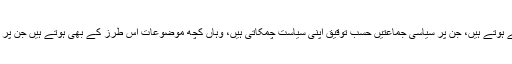
جہاں بہت سے موضوعات سیاسی نوعیت کے ہوتے ہیں، جن پر سیاسی جماعتیں حسبِ توقیق اپنی سیاست چمکاتی ہیں، وہاں کچھ موضوعات اس طرز کے بھی ہوتے ہیں جن پر سیاست چمکانا وطن دشمنی کے مترادف ہے۔